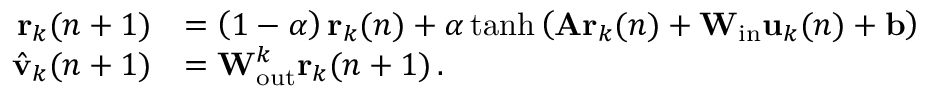
\begin{array} { r l } { \mathbf { r } _ { k } ( n + 1 ) } & { = \left( 1 - \alpha \right) \mathbf { r } _ { k } ( n ) + \alpha \operatorname { t a n h } \left( \mathbf { A } \mathbf { r } _ { k } ( n ) + \mathbf { W } _ { \mathrm { i n } } \mathbf { u } _ { k } ( n ) + \mathbf { b } \right) } \\ { \hat { \mathbf { v } } _ { k } ( n + 1 ) } & { = \mathbf { W } _ { \mathrm { o u t } } ^ { k } \mathbf { r } _ { k } ( n + 1 ) \, . } \end{array}